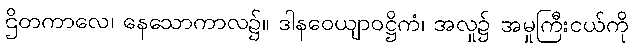
ဌိတကာလေ၊ နေသောကာလ၌။ ဒါနဝေယျာဝဋ္ဌိကံ၊ အလှု၌ အမှုကြီးငယ်ကို